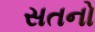
સતનો